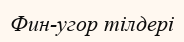
Фин-угор тілдері